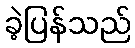
ခဲ့ပြန်သည်